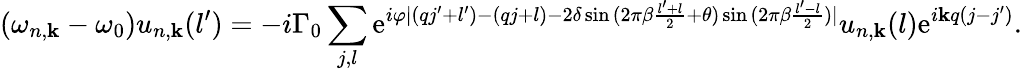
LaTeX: (\omega_{n,\mathbf{k}}-\omega_{0})u_{n,\mathbf{k}}(l^{\prime})=-i\Gamma_{0}\sum_{j,l}{\mathrm{e}^{i\varphi|(qj^{\prime}+l^{\prime})-(qj+l)-2\delta\sin{(2\pi\beta\frac{{l^{\prime}+l}}{{2}}+\theta)}\sin{(2\pi\beta\frac{{l^{\prime}-l}}{{2}})}|}u_{n,\mathbf{k}}(l)\mathrm{e}^{i\mathbf{k}q(j-j^{\prime})}}.